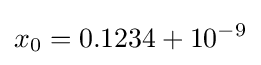
x_{0}=0.1234+10^{-9}